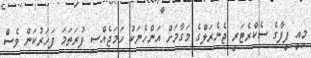
މިއީ ފީފާގެ ސެކްރެޓަރީ ޖެނެރަލްގެ މަގާމަށް އަންހެނަކު ހަމަޖެއްސި ފުރަތަމަ ފަހަރުކަން ވެސް